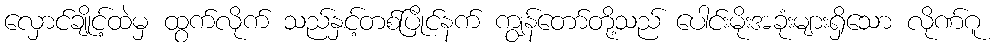
လှောင်ချိုင့်ထဲမှ ထွက်လိုက် သည်နှင့်တစ်ပြိုင်နက် ကျွန်တော်တို့သည် ပေါင်းမိုးအခုံးများရှိသော လိုဏ်ဂူ